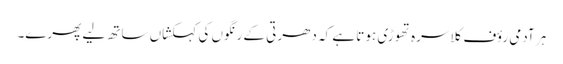
ہر آدمی رؤف کلاسرہ تھوڑی ہوتا ہے کہ دھرتی کے رنگوں کی کہکشاں ساتھ لیے پھرے۔